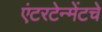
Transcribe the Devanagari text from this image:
एंटरटेन्मेंटचे